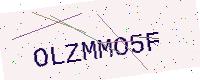
Text: OLZMMO5F